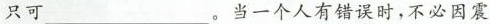
只可___。当一个人有错误时，不必因震